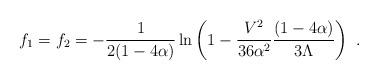
LaTeX: \begin{align*}f_1=f_2=-\frac{1}{2(1-4\alpha)}\ln\left(1-\frac{V^2}{36\alpha^2}\frac{(1-4\alpha)}{3\Lambda}\right)~.\end{align*}